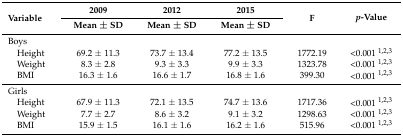
<table><thead><tr><td rowspan="2"><b>Variable</b></td><td><b>2009</b></td><td><b>2012</b></td><td><b>2015</b></td><td rowspan="2"><b>F</b></td><td rowspan="2"><b><i>p</i>-Value</b></td></tr><tr><td><b>Mean ± SD</b></td><td><b>Mean ± SD</b></td><td><b>Mean ± SD</b></td></tr></thead><tbody><tr><td>Boys</td><td></td><td></td><td></td><td></td><td></td></tr><tr><td> Height</td><td>69.2 ± 11.3</td><td>73.7 ± 13.4</td><td>77.2 ± 13.5</td><td>1772.19</td><td>&lt;0.001 <sup>1,2,3</sup></td></tr><tr><td> Weight</td><td>8.3 ± 2.8</td><td>9.3 ± 3.3</td><td>9.9 ± 3.3</td><td>1323.78</td><td>&lt;0.001 <sup>1,2,3</sup></td></tr><tr><td> BMI</td><td>16.3 ± 1.6</td><td>16.6 ± 1.7</td><td>16.8 ± 1.6</td><td>399.30</td><td>&lt;0.001 <sup>1,2,3</sup></td></tr><tr><td>Girls</td><td></td><td></td><td></td><td></td><td></td></tr><tr><td> Height</td><td>67.9 ± 11.3</td><td>72.1 ± 13.5</td><td>74.7 ± 13.6</td><td>1717.36</td><td>&lt;0.001 <sup>1,2,3</sup></td></tr><tr><td> Weight</td><td>7.7 ± 2.7</td><td>8.6 ± 3.2</td><td>9.1 ± 3.2</td><td>1298.63</td><td>&lt;0.001 <sup>1,2,3</sup></td></tr><tr><td> BMI</td><td>15.9 ± 1.5</td><td>16.1 ± 1.6</td><td>16.2 ± 1.6</td><td>515.96</td><td>&lt;0.001 <sup>1,2,3</sup></td></tr></tbody></table>